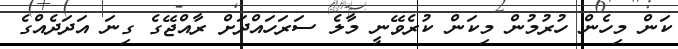
ކަން މިހެން ހުރުމުން މިކަން ކުރެވޭނީ މާލެ ސަރަަހައްދަށް ރާއްޖޭގެ ގިނަ އަދަދެއްގެ